Lunatic asylums Central Provinces reports 1874-1885 - 1874-1885
Year: 1874
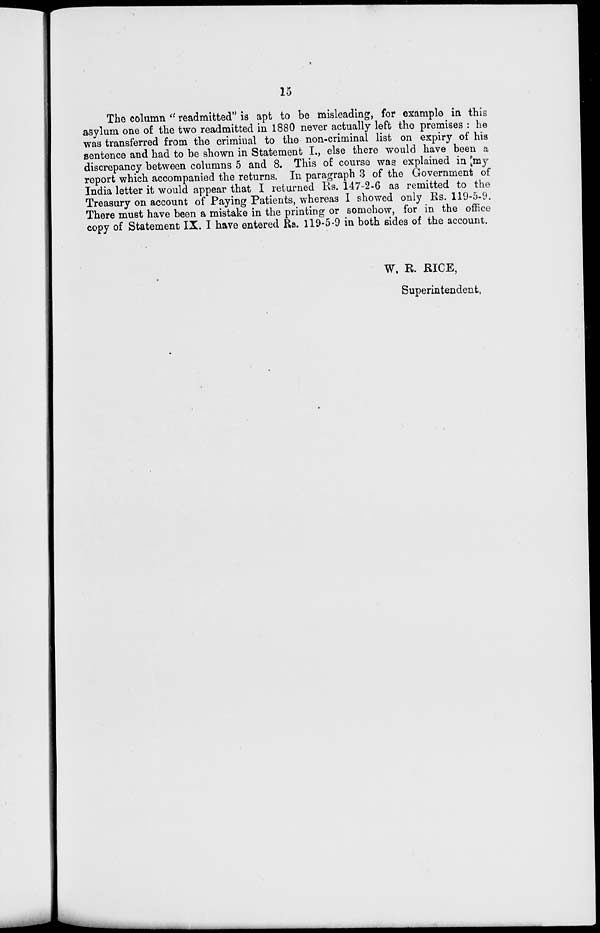
15
The column " readmitted" is apt to be misleading, for example in this
asylum one of the two readmitted in 1880 never actually left the premises : he
was transferred from the criminal to the non-criminal list on expiry of his
sentence and had to be shown in Statement I., else there would have been a
discrepancy between columns 5 and 8. This of course was explained in my
report which accompanied the returns. In paragraph 3 of the Government of
India letter it would appear that I returned Rs. 147-2-6 as remitted to the
Treasury on account of Paying Patients, whereas I showed only Rs. 119-5-9.
There must have been a mistake in the printing or somehow, for in the office
copy of Statement IX. I have entered Rs. 119-5-9 in both sides of the account.
W. R. RICE,
Superintendent.